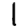
Digit: 1